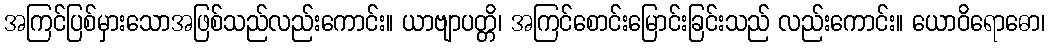
အကြင်ပြစ်မှားသောအဖြစ်သည်လည်းကောင်း။ ယာဗျာပတ္တိ၊ အကြင်စောင်းမြောင်းခြင်းသည် လည်းကောင်း။ ယောဝိရောဓော၊